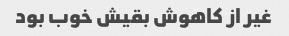
غیر از کاهوش بقیش خوب بود